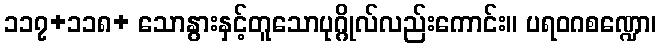
၁၁၇+၁၁၈+ သောနွားနှင့်တူသောပုဂ္ဂိုလ်လည်းကောင်း။ ပရဝဂစဏ္ဍော၊